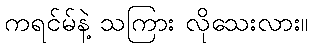
ကရင်မ်နဲ့ သကြား လိုသေးလား။